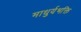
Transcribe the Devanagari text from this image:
माधुर्यभक्ति